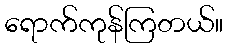
ရောက်ကုန်ကြတယ်။